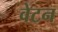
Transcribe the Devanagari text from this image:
वेटन